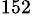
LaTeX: ^{152}